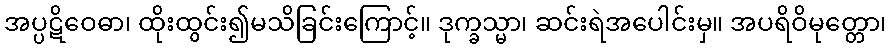
အပ္ပဋိဝေဓာ၊ ထိုးထွင်း၍မသိခြင်းကြောင့်။ ဒုက္ခသ္မာ၊ ဆင်းရဲအပေါင်းမှ။ အပရိဝိမုတ္တော၊